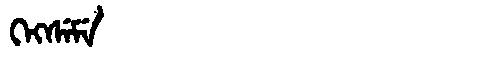
Manchu: ᡴᡝᡴᠰᡝᠮᡝ
Romanization: KEKSEME